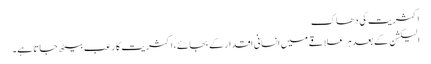
اکثریت کی دھاک
الیکشن کے بعد ہر علاقے میں انسانی اقدار کے بجائے ، اکثریت کا رعب بیٹھ جاتا ہے۔